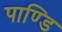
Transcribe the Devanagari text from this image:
पाण्डि